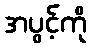
အပွင့်ကို